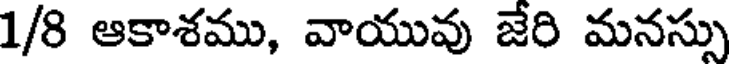
1/8 ఆకాశము, వాయువు జేరి మనస్సు